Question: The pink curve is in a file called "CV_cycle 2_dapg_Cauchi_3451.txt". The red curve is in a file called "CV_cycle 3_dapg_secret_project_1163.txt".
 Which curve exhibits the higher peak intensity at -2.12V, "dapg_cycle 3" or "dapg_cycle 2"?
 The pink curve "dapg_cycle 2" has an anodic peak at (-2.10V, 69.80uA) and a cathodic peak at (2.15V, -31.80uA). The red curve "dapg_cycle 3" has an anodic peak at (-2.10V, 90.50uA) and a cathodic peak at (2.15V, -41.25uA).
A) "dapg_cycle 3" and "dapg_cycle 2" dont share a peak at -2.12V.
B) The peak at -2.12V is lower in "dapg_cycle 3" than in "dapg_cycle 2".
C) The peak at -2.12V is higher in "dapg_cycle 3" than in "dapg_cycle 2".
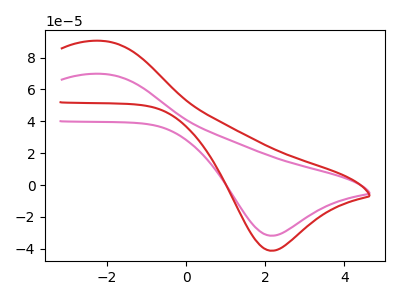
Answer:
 <answer>C) The peak at -2.12V is higher in "dapg_cycle 3" than in "dapg_cycle 2".</answer>
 <eval>C</eval>